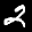
Label: 2